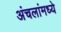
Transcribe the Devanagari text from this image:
अंचलांमध्ये